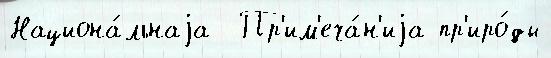
Национа́льнаjа  Пр'им'еча́н'иjа пр'иро́ды